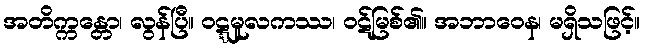
အတိက္ကန္တော၊ လွန်ပြီ။ ဝဋ္ဋမူလကဿ၊ ဝဋ်မြစ်၏။ အဘာဝေန၊ မရှိသဖြင့်။